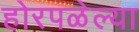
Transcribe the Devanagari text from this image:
होरपळेल्या